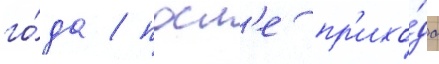
го́да / посл'е пр'ихо́да